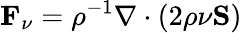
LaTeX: \mathbf{F}_{\nu}=\rho^{-1}\nabla\cdot(2\rho\nu\mathbf{S})